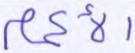
الأكمام